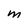
Character: M